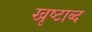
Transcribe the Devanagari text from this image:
खृष्टाब्द